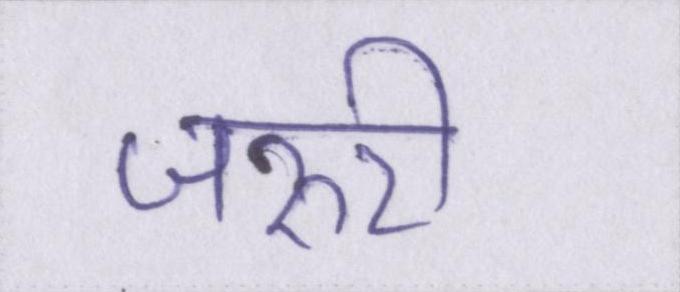
जरुरी